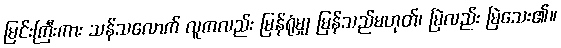
မြင်းကြီးကား သန်သလောက် လူကလည်း မြန်ရုံမျှ မြန်သည်မဟုတ်၊ မြဲလည်း မြဲသေး၏။